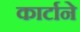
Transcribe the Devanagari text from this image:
कार्टाने